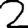
Digit: 2